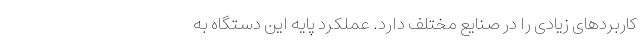
کاربردهای زیادی را در صنایع مختلف دارد. عملکرد پایه این دستگاه به